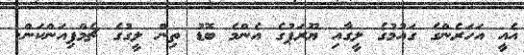
އެއީ އަހަރެންގެ ގައުމުގެ ލީގާއި ޔޫރަޕުގެ އެންމެ ބޮޑު ތިން ލީގުގެ ޗެމްޕިއަންކަން.